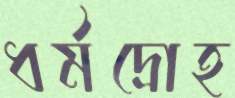
ধর্মদ্রোহ